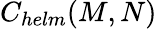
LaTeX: C_{helm}(M,N)